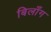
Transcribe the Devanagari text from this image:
बिलाँग